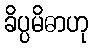
ခိပ္ပမိဓာဟု